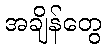
အချိန်တွေ